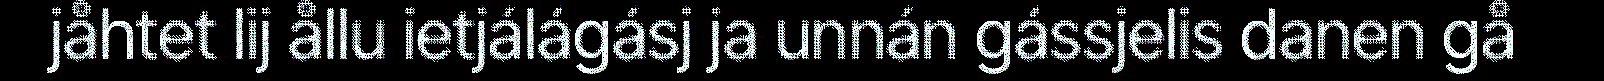
jåhtet lij ållu ietjálágásj ja unnán gássjelis danen gå